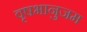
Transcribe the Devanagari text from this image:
वृषभानुजम